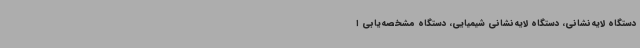
دستگاه لایه‌نشانی، دستگاه لایه‌نشانی شیمیایی، دستگاه مشخصه‌یابی ا